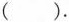
().